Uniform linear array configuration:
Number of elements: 48
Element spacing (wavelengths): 0.25
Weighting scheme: exponential
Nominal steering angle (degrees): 45
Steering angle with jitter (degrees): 44.945
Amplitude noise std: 0.05
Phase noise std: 0.05

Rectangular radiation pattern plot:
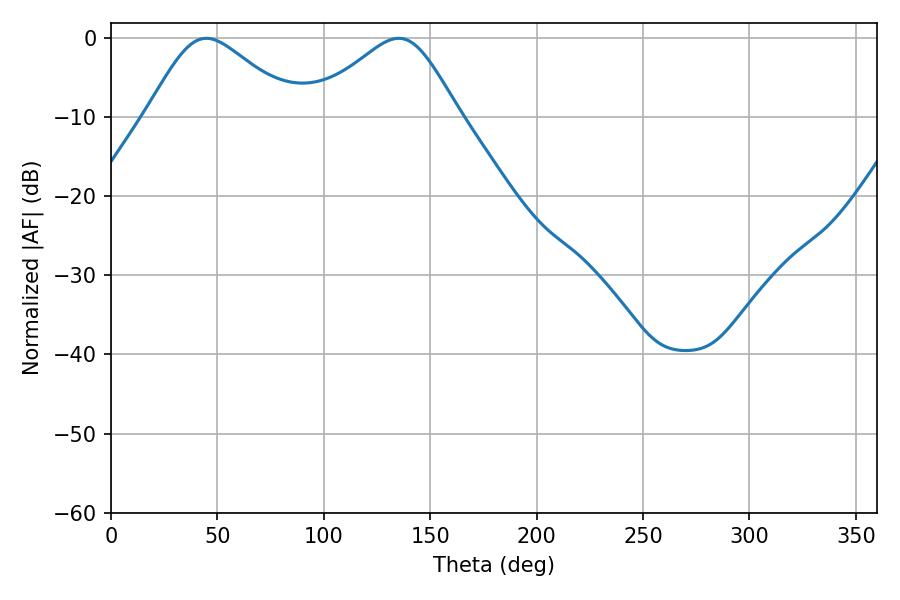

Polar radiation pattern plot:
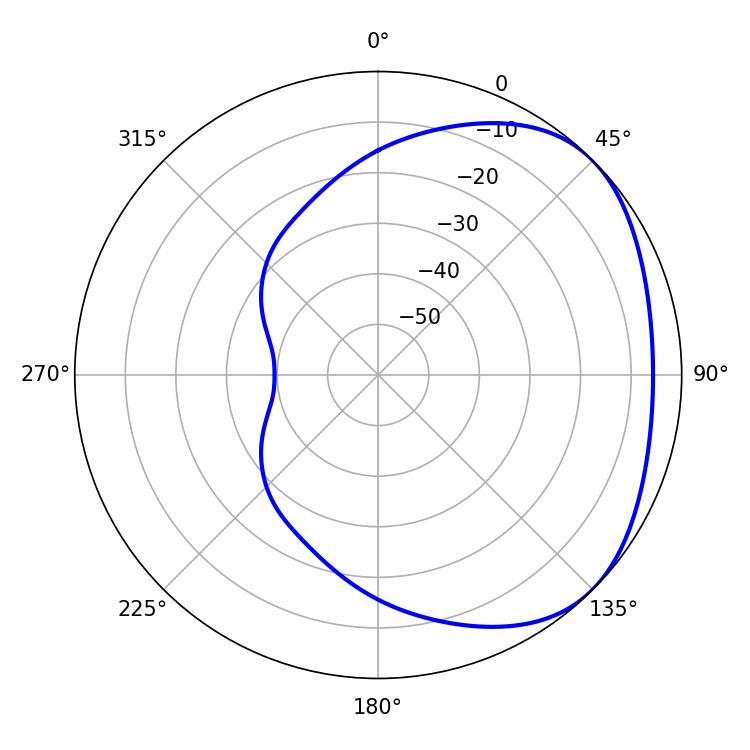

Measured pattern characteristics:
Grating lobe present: FALSE
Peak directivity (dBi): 2.846
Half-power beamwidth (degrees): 34.74
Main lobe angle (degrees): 44.82